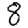
Digit: 8